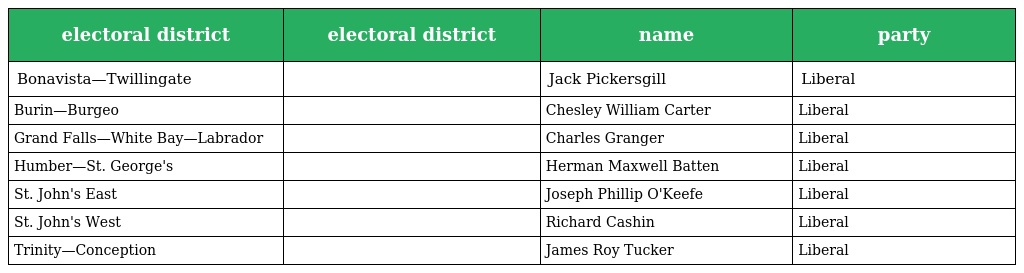
| electoral district | electoral district | name | party |
 | --- | --- | --- | --- |
 | Bonavista—Twillingate |  | Jack Pickersgill | Liberal |
 | Burin—Burgeo |  | Chesley William Carter | Liberal |
 | Grand Falls—White Bay—Labrador |  | Charles Granger | Liberal |
 | Humber—St. George's |  | Herman Maxwell Batten | Liberal |
 | St. John's East |  | Joseph Phillip O'Keefe | Liberal |
 | St. John's West |  | Richard Cashin | Liberal |
 | Trinity—Conception |  | James Roy Tucker | Liberal |